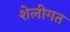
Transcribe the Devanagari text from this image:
शेलीगत